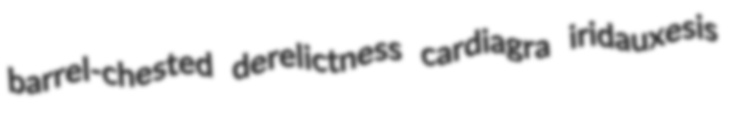
barrel-chested derelictness cardiagra iridauxesis